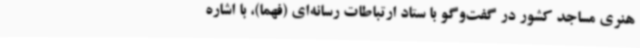
هنری مساجد کشور در گفت‌وگو با ستاد ارتباطات رسانه‌ای (فهما)، با اشاره